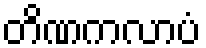
တိဏကလာပံ